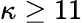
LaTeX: \kappa\geq 11